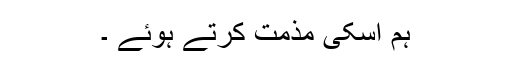
ہم اسکی مذمت کرتے ہوئے ۔